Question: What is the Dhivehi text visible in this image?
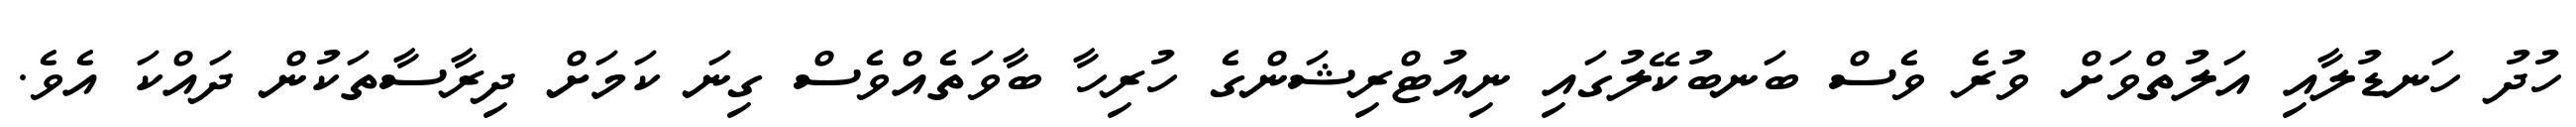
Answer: ހުދު ހަނޑުލާއި އަލުތްވަށް ވުރެ ވެސް ބަނބުކޭލުގައި ނިއުޓްރިޝަންގެ ހުރިހާ ބާވަތެއްވެސް ގިނަ ކަމަށް ދިރާސާތަކުން ދައްކަ އެވެ.